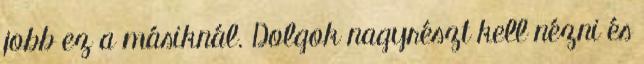
jobb ez a másiknál. Dolgok nagyrészt kell nézni és